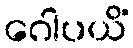
ဂေါပယိံ